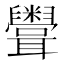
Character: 𥽳